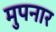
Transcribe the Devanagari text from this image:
मुपनार